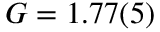
G = 1 . 7 7 ( 5 )